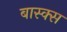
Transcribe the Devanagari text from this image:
बास्क्स